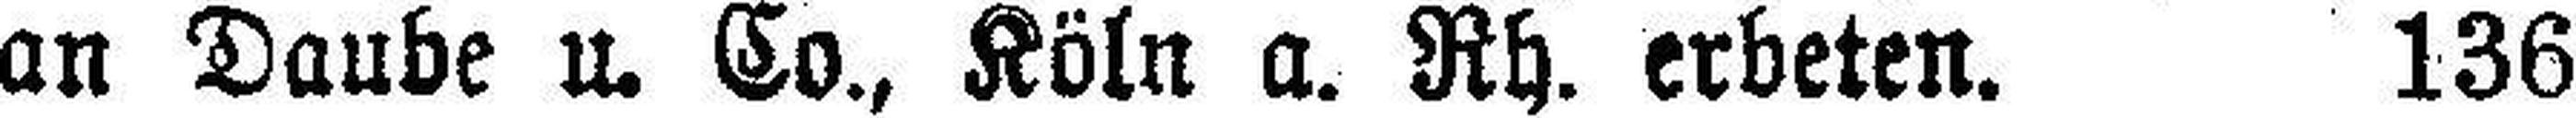
an Daube u. Co., Köln a. Rh. erbeten. 136